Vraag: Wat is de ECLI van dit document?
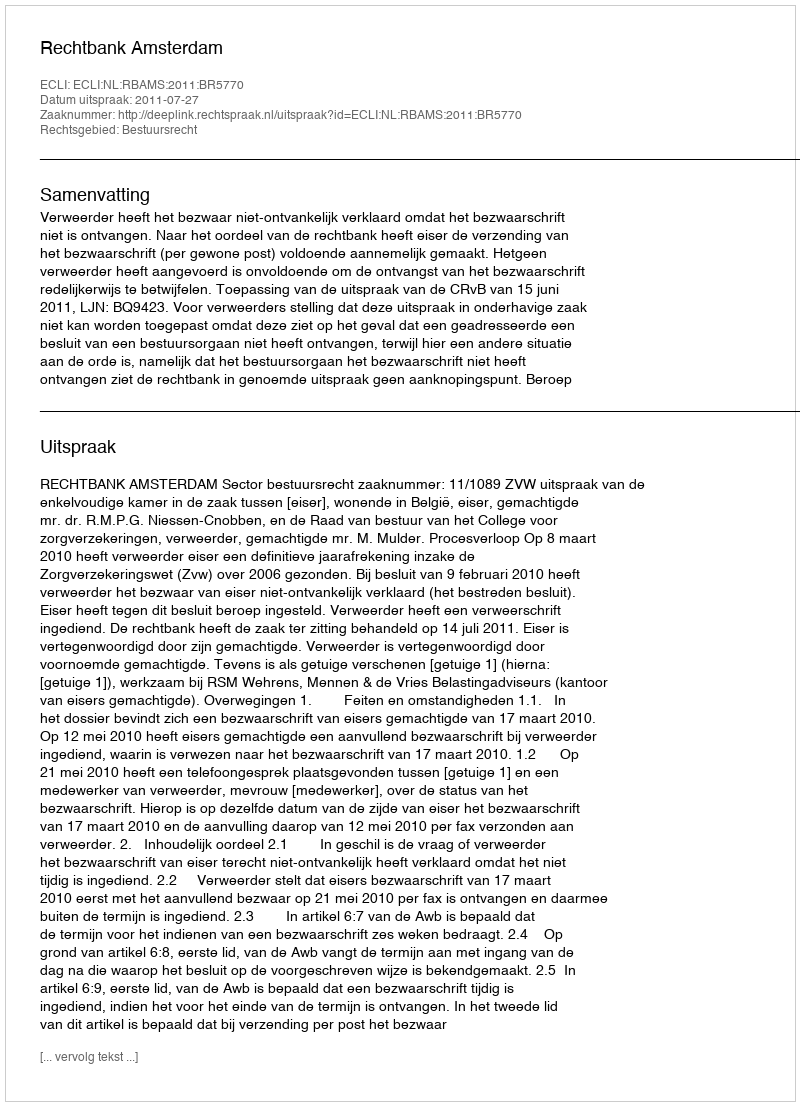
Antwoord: ECLI:NL:RBAMS:2011:BR5770